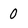
Character: 0